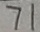
7 1